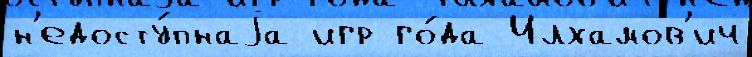
н'едосту́пнаjа игр го́да Илхамов'ич